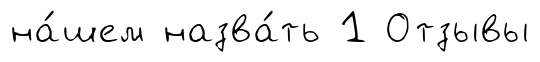
на́шем назва́ть 1 Отзывы